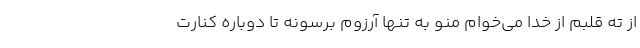
از ته قلبم از خدا می‌خوام منو به تنها آرزوم برسونه تا دوباره کنارت